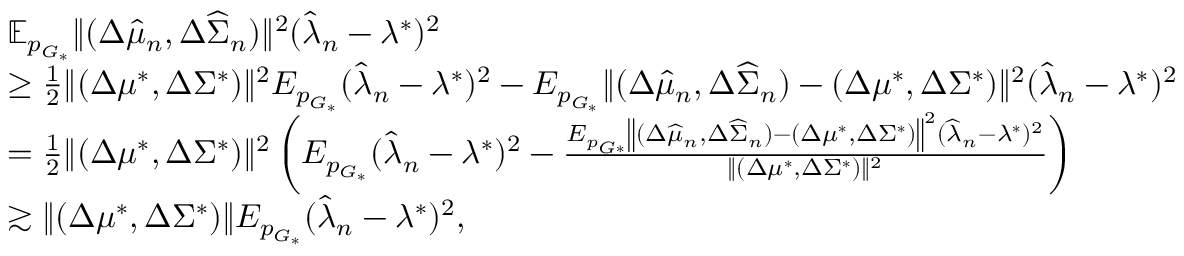
\begin{array} { r l } & { \mathbb { E } _ { p _ { G _ { * } } } \| ( \Delta \widehat { \mu } _ { n } , \Delta \widehat { \Sigma } _ { n } ) \| ^ { 2 } ( \widehat { \lambda } _ { n } - \lambda ^ { * } ) ^ { 2 } } \\ & { \geq \frac { 1 } { 2 } \| ( \Delta \mu ^ { * } , \Delta \Sigma ^ { * } ) \| ^ { 2 } E _ { p _ { G _ { * } } } ( \widehat { \lambda } _ { n } - \lambda ^ { * } ) ^ { 2 } - E _ { p _ { G _ { * } } } \| ( \Delta \widehat { \mu } _ { n } , \Delta \widehat { \Sigma } _ { n } ) - ( \Delta \mu ^ { * } , \Delta \Sigma ^ { * } ) \| ^ { 2 } ( \widehat { \lambda } _ { n } - \lambda ^ { * } ) ^ { 2 } } \\ & { = \frac { 1 } { 2 } \| ( \Delta \mu ^ { * } , \Delta \Sigma ^ { * } ) \| ^ { 2 } \left( E _ { p _ { G _ { * } } } ( \widehat { \lambda } _ { n } - \lambda ^ { * } ) ^ { 2 } - \frac { E _ { p _ { G * } } \left\| ( \Delta \widehat { \mu } _ { n } , \Delta \widehat { \Sigma } _ { n } ) - ( \Delta \mu ^ { * } , \Delta \Sigma ^ { * } ) \right\| ^ { 2 } ( \widehat { \lambda } _ { n } - \lambda ^ { * } ) ^ { 2 } } { \| ( \Delta \mu ^ { * } , \Delta \Sigma ^ { * } ) \| ^ { 2 } } \right) } \\ & { \gtrsim \| ( \Delta \mu ^ { * } , \Delta \Sigma ^ { * } ) \| E _ { p _ { G _ { * } } } ( \widehat { \lambda } _ { n } - \lambda ^ { * } ) ^ { 2 } , } \end{array}